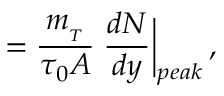
{ \bf \varepsilon } = { \frac { m _ { _ T } } { \tau _ { 0 } \cal { A } } } \; { \frac { d N } { d y } } \biggr | _ { p e a k } \, ,